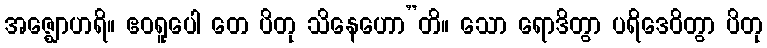
အဇ္ဈောဟရိ။ ဧဝရူပေါ တေ ပိတု သိနေဟော”တိ။ သော ရောဒိတွာ ပရိဒေဝိတွာ ပိတု